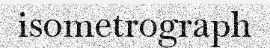
isometrograph